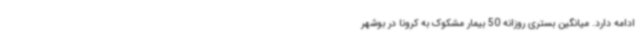
ادامه دارد. میانگین بستری روزانه 50 بیمار مشکوک به کرونا در بوشهر